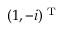
( 1 , - i ) ^ { \textrm { T } }